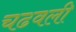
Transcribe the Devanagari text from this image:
चढवली